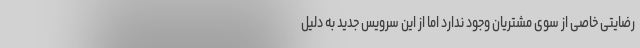
رضایتی خاصی از سوی مشتریان وجود ندارد اما از این سرویس جدید به دلیل